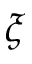
\xi